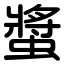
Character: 螿